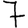
Digit: 7